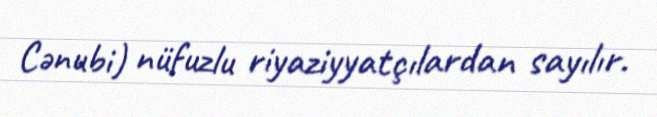
Cənubi) nüfuzlu riyaziyyatçılardan sayılır.